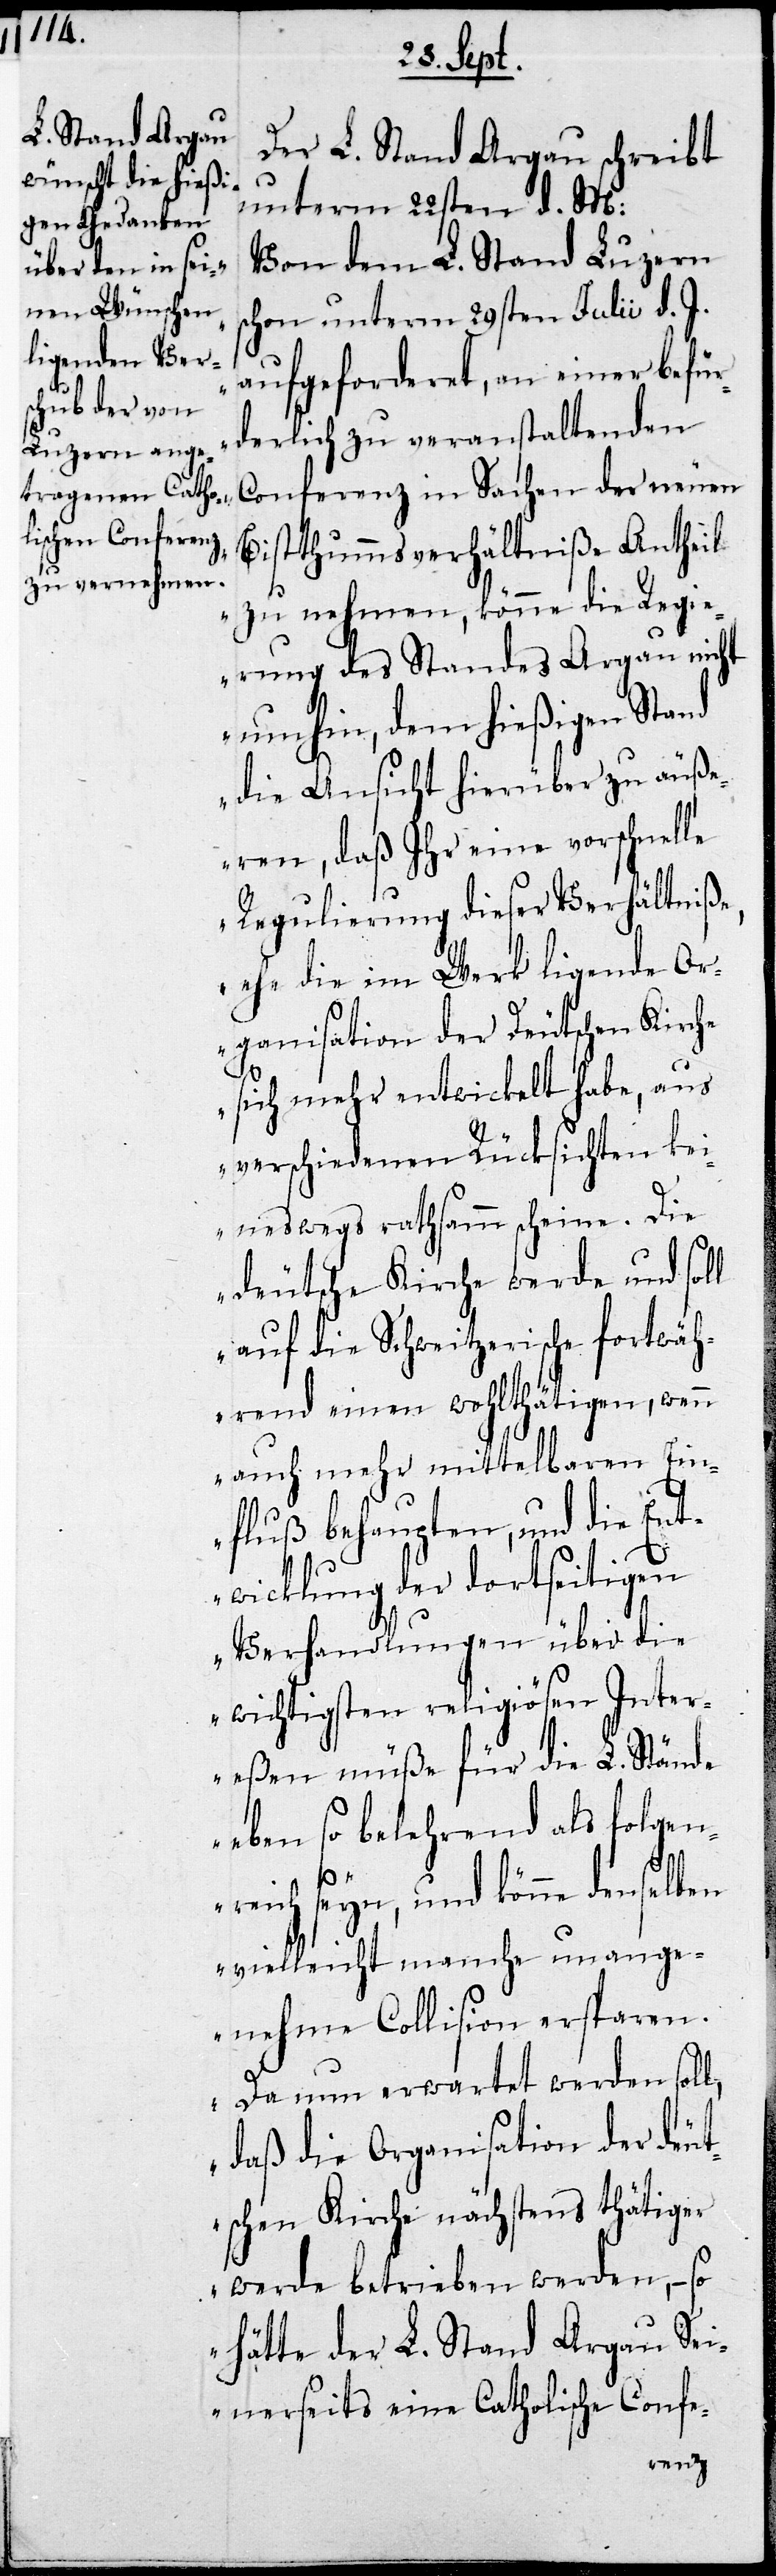
Der L. Stand Argau schreibt
unterm 22sten d. M:
„Von dem L. Stand Luzern
chon unterm 29sten Julii d. J.
aufgeforderet, an einer befür¬
derlich zu veranstaltenden
Conferrenz in Sachen der neuen
Bistthummsverhältniße Antheil
zu nehmen, könne die Regi¬
erung des Standes Argau nicht
umhin, dem hießigen Stand
die Ansicht hierüber zu äuße¬
ren, daß Ihr eine vorschnelle
Regulierung dieser Verhältniße,
ehe die im Werk ligende Or¬
ganisation der Deutschen Kirche
l,
sich mehr entwickelt habe, aus
verschiedenen Rücksichten kei¬
neswegs rathsamm scheine. Die
deutsche Kirche werde und soll
auf die Schweitzerische fortwäh¬
rend einen wohlthätigen, wenn
auch mehr mittelbaren Ein¬
fluß behaupten, und die Ent¬
wicklung der dortseitigen
Verhandlungen über die
wichtigsten religiösen Inter¬
eßen müße für die L. Stände
eben so belehrend als folgen¬
reich seyn, und könne denselben
vielleicht manche unange¬
nehme Collision ersparen.
Da nun erwartet werden sol¬
daß die Organisation der deut¬
schen Kirche nächstens thätiger
werde betrieben werden, – so
hätte der L. Stand Argau Sei¬
nerseits eine Catholische Confe-